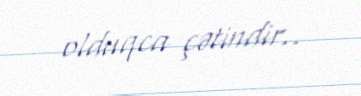
olduqca çətindir..